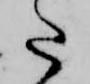
た